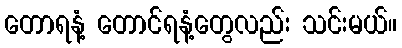
တောရနံ့ တောင်ရနံ့တွေလည်း သင်းမယ်။